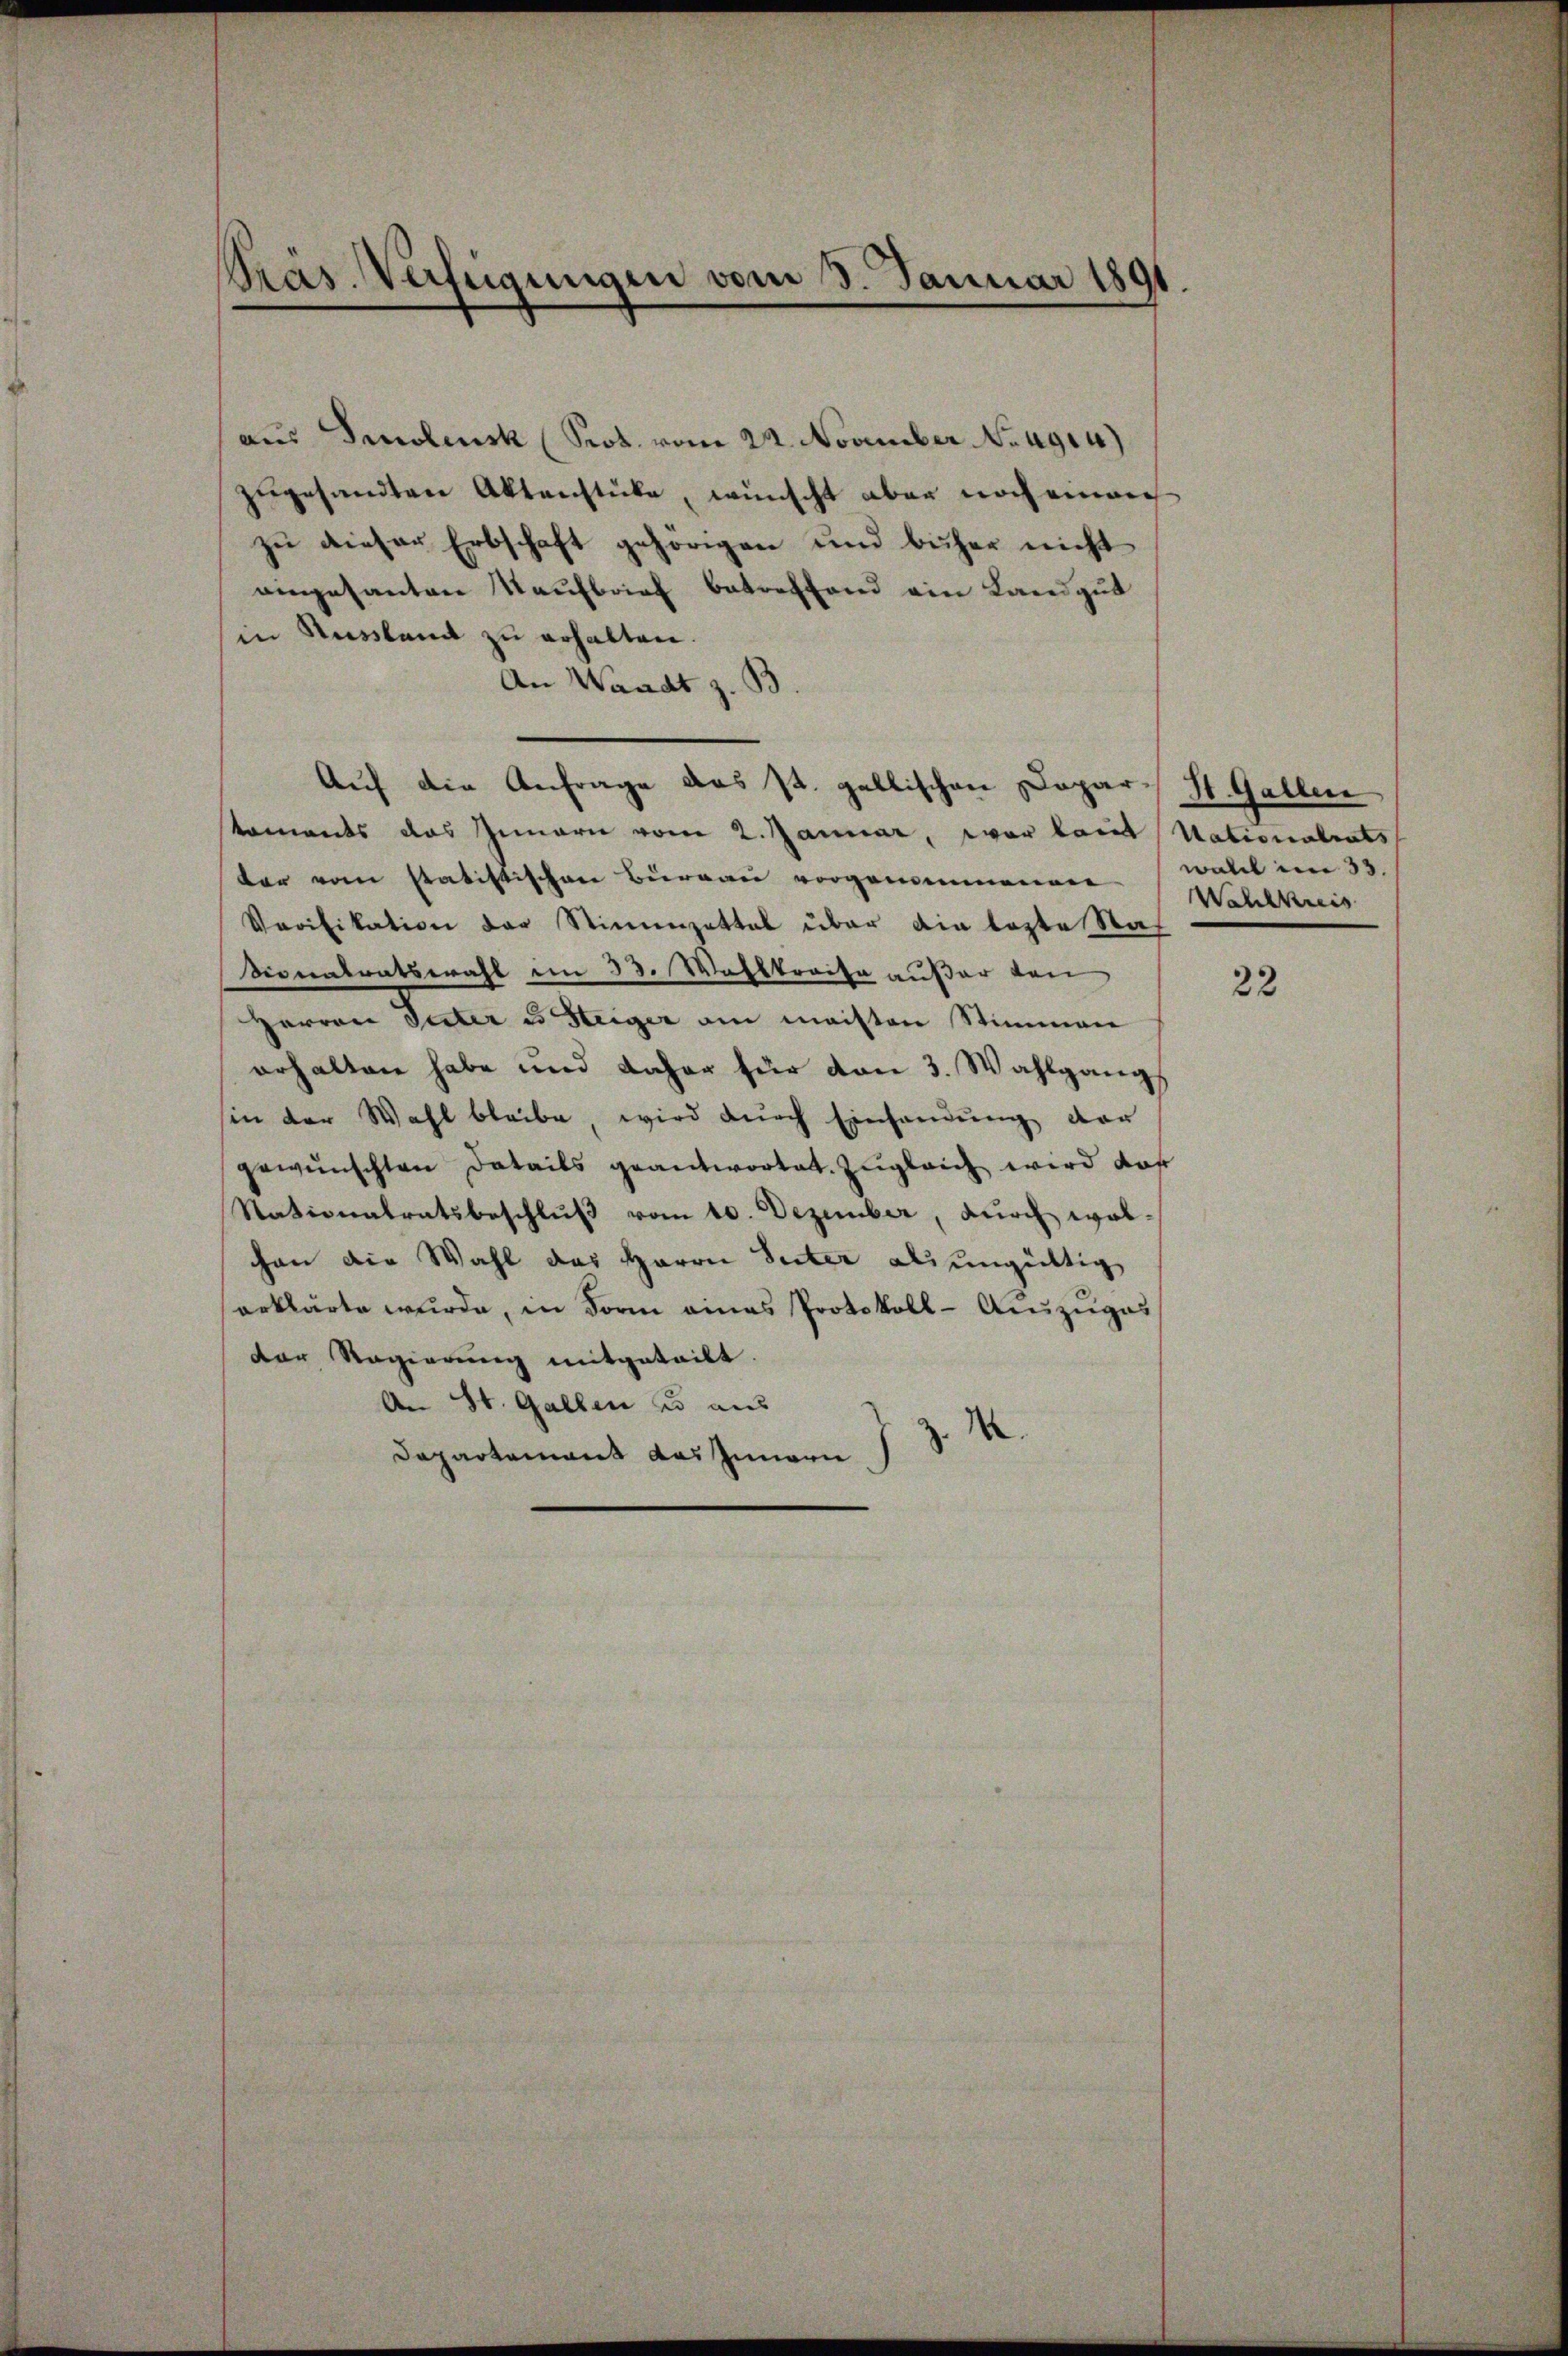
Präs. Verfügungen vom 3. Januar 1891

aus Smolensk (Prot. vom 22. November No 4904)
zugesandten Aktenstücke, wünscht aber noch einer
zu dieser Erbschaft gehörigen und büher nicht
eingesanten Kaufbrief betreffend ein Landgut
in Russland zu erhalten.
An Waadt z. B.
Auf die Anfrage das st. gallischen Dopar- St. Gallen
staments das Innern vom 2. Januar, war laut Nationalrats
dar vom statistischen Bureau vorgemeinenner Weltkreis
Verifikation der Stimmzettel über die lezte Naf
Monatratswahl im 33. Wahlkreise außer den
Herren Peter es Steiger am meisten Stimmen
erhalten habe und daher für von 3. Wahlgang
sin der Wahl bleibe, wird durch Einsamung der
gewünschten Batails geantwortet. Zugleich wird dar
Stationalratsbeschluß vom 10. Dezember, durch wolchen die Wahl das Herrn Seiter als ungültig
erklärte wurde, in Form eines Protokoll-Auszuges
Der Regierung mitgeteilt.
An St. Gallen es aus
Departement das Innern J. J. R.

wall im 33.

22